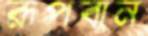
রূপবান